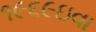
૧૯૬૯ઇવા